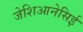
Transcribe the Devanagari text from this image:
जेशिआनेसिई